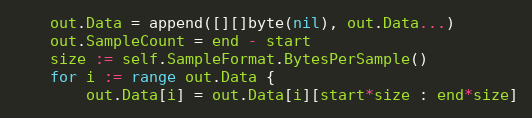
Language: Go
	out.Data = append([][]byte(nil), out.Data...)
	out.SampleCount = end - start
	size := self.SampleFormat.BytesPerSample()
	for i := range out.Data {
		out.Data[i] = out.Data[i][start*size : end*size]